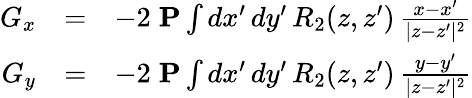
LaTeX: \begin{array}{rlr}{G_{x}}&{=}&{-2\; {\mathbf P}\int{d}x^{\prime}\, {d}y^{\prime}\, R_{2}(z,z^{\prime})\, {\frac{x-x^{\prime}}{|z-z^{\prime}|^{2}}}}\\ {G_{y}}&{=}&{-2\; {\mathbf P}\int{d}x^{\prime}\, {d}y^{\prime}\, R_{2}(z,z^{\prime})\, {\frac{y-y^{\prime}}{|z-z^{\prime}|^{2}}}}\end{array}